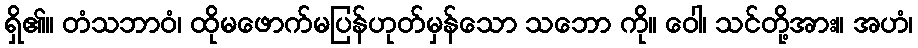
ရှိ၏။ တံသဘာဝံ၊ ထိုမဖောက်မပြန်ဟုတ်မှန်သော သဘော ကို။ ဝေါ၊ သင်တို့အား။ အဟံ၊